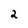
Character: 2